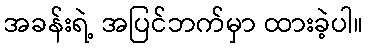
အခန်းရဲ့ အပြင်ဘက်မှာ ထားခဲ့ပါ။